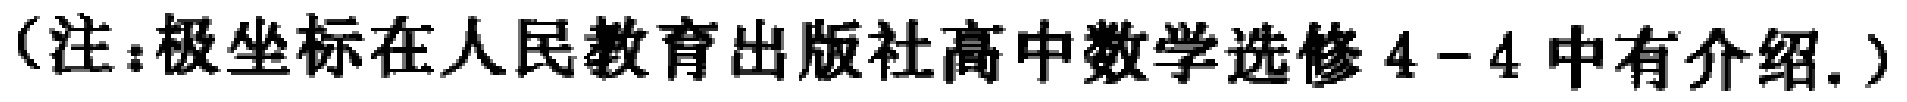
（注：极坐标在人民教育出版社高中数学选修4 - 4中有介绍.）